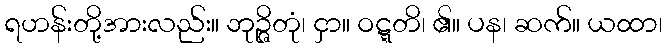
ရဟန်းတို့အားလည်း။ ဘုဉ္ဇိတုံ၊ ငှာ။ ဝဋ္ဋတိ၊ ၏။ ပန၊ ဆက်။ ယထာ၊